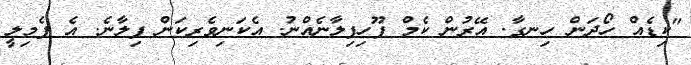
"ކިޑެއް ހޯދަން ހިނގާ. އޭރުން ކެމް ފޫހިފިލާނެއްނު. އެކަނިވެރިކަން ފިލާނެ. އެ ފެމިލީ